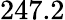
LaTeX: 247.2